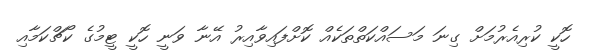
ހޮކީ ކުރިއެރުމަށް ގިނަ މަސައްކަތްތަކެއް ކޮށްފައިވާއިރު އޭނާ ވަނީ ހޮކީ ޓީމުގެ ކޯޗްކަމާއި